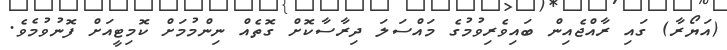
(އަޔޯރާ) ގައި ރާއްޖެއިން ބައިވެރިވުމުގެ މައްސަލަ ދިރާސާކޮށް ގޮތެއް ނިންމުމަށް ކޮމިޓީއަށް ފޮނުވުމެވެ.